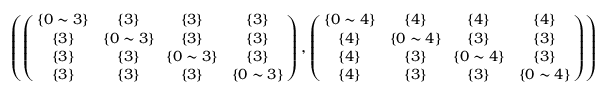
\begin{array} { r } { \small { \left( \left( \! \! \begin{array} { c c c c } { \{ 0 \sim 3 \} } & { \{ 3 \} } & { \{ 3 \} } & { \{ 3 \} } \\ { \{ 3 \} } & { \! \{ 0 \sim 3 \} \! } & { \{ 3 \} } & { \{ 3 \} } \\ { \{ 3 \} } & { \{ 3 \} } & { \! \{ 0 \sim 3 \} \! } & { \{ 3 \} } \\ { \{ 3 \} } & { \{ 3 \} } & { \{ 3 \} } & { \{ 0 \sim 3 \} } \end{array} \! \! \right) , \left( \! \! \begin{array} { c c c c } { \{ 0 \sim 4 \} } & { \{ 4 \} } & { \{ 4 \} } & { \{ 4 \} } \\ { \{ 4 \} } & { \! \{ 0 \sim 4 \} \! } & { \{ 3 \} } & { \{ 3 \} } \\ { \{ 4 \} } & { \{ 3 \} } & { \! \{ 0 \sim 4 \} \! } & { \{ 3 \} } \\ { \{ 4 \} } & { \{ 3 \} } & { \{ 3 \} } & { \{ 0 \sim 4 \} } \end{array} \! \! \right) \right) } } \end{array}